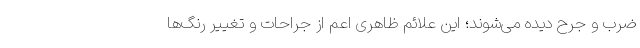
ضرب و جرح دیده می‌شوند؛ این علائم ظاهری اعم از جراحات و تغییر رنگ‌ها